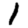
Digit: 1